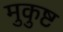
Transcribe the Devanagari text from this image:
मुकुष्ट